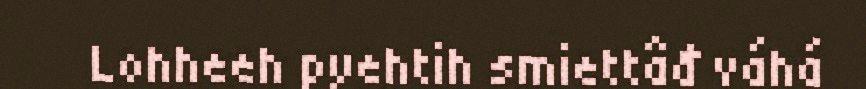
Lohheeh pyehtih smiettâđ váhá